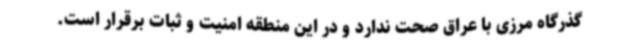
گذرگاه مرزی با عراق صحت ندارد و در این منطقه امنیت و ثبات برقرار است.